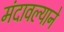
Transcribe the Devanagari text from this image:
मंदावल्याने